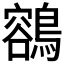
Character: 𪃾